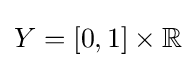
Y=[0,1]\times \mathbb {R}